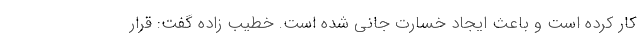
کار کرده است و باعث ایجاد خسارت جانی شده است. خطیب زاده گفت: قرار